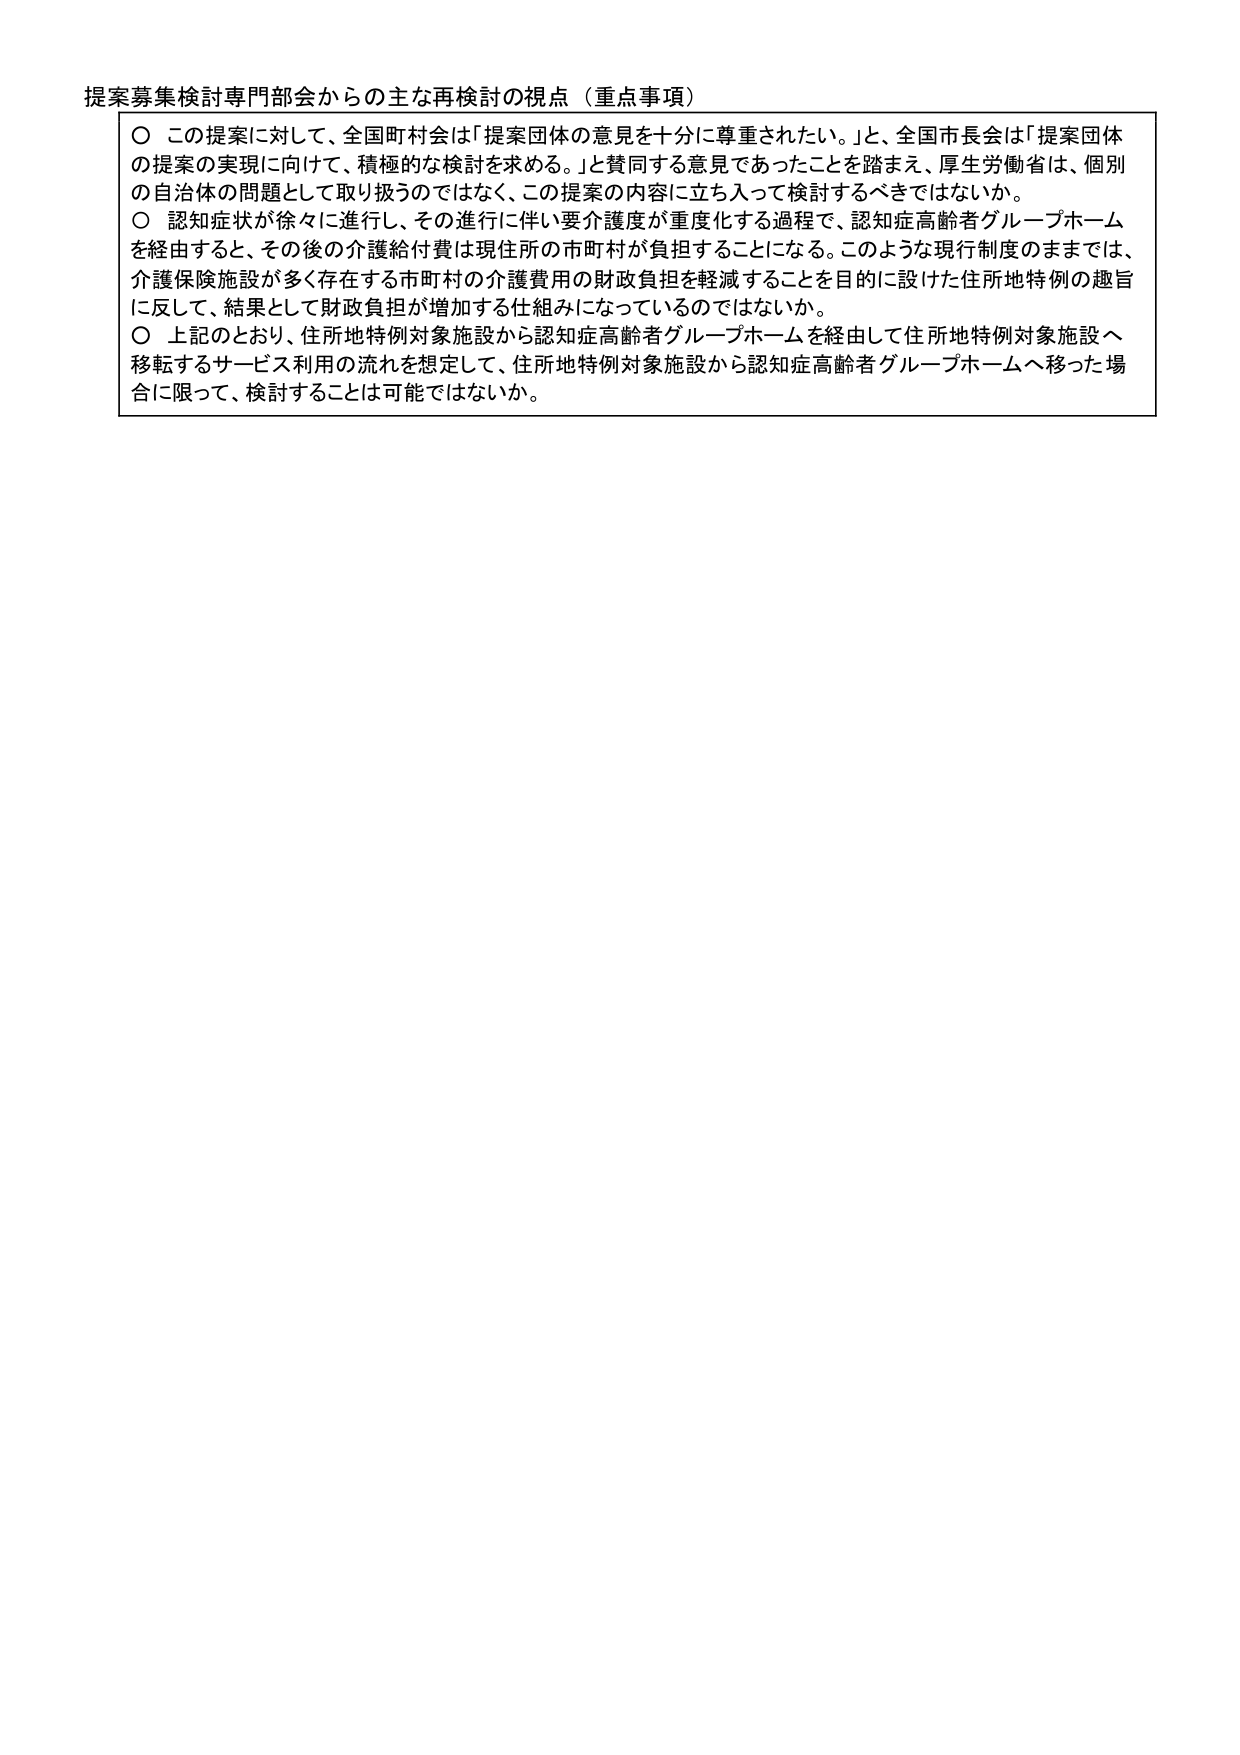
提案募集検討専門部会からの主な再検討の視点（重点事項）

○ この提案に対して、全国町村会は「提案団体の意見を十分に尊重されたい。」と、全国市長会は「提案団体の提案の実現に向けて、積極的な検討を求める。」と賛同する意見であったことを踏まえ、厚生労働省は、個別の自治体の問題として取り扱うのではなく、この提案の内容に立ち入って検討するべきではないか。

○ 認知症状が徐々に進行し、その進行に伴い要介護度が重度化する過程で、認知症高齢者グループホームを経由すると、その後の介護給付費は現住所の市町村が負担することになる。このような現行制度のままでは、介護保険施設が多く存在する市町村の介護費用の財政負担を軽減することを目的に設けた住所地特例の趣旨に反して、結果として財政負担が増加する仕組みになっているのではないか。

○ 上記のとおり、住所地特例対象施設から認知症高齢者グループホームを経由して住所地特例対象施設へ移転するサービス利用の流れを想定して、住所地特例対象施設から認知症高齢者グループホームへ移った場合に限って、検討することは可能ではないか。